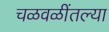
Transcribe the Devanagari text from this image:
चळवळींतल्या